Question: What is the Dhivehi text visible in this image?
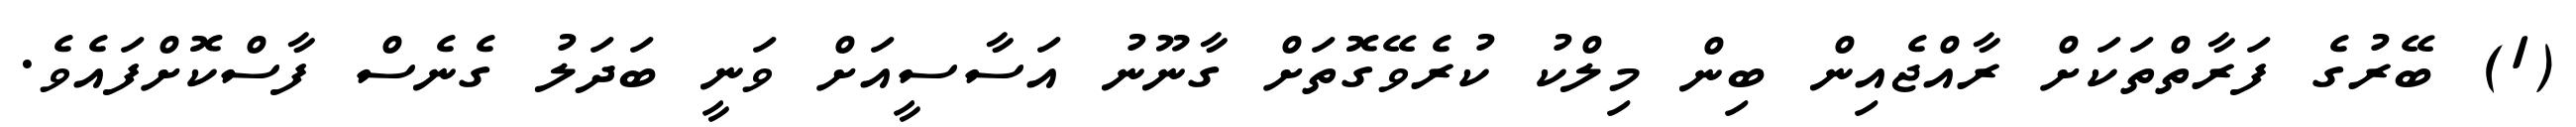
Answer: (1) ބޭރުގެ ފަރާތްތަކަށް ރާއްޖެއިން ބިން މިލްކު ކުރެވޭގޮތަށް ގާނޫނު އަސާސީއަށް ވަނީ ބަދަލު ގެނެސް ފާސްކޮށްފައެވެ.